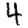
Digit: 4